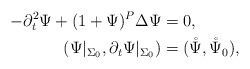
LaTeX: \begin{align*} - \partial_t^2 \Psi+ (1 + \Psi)^P \Delta \Psi& = 0,\\(\Psi|_{\Sigma_0},\partial_t \Psi|_{\Sigma_0})& = (\mathring{\Psi},\mathring{\Psi}_0),\end{align*}